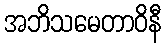
အဘိသမေတာဝိနီ